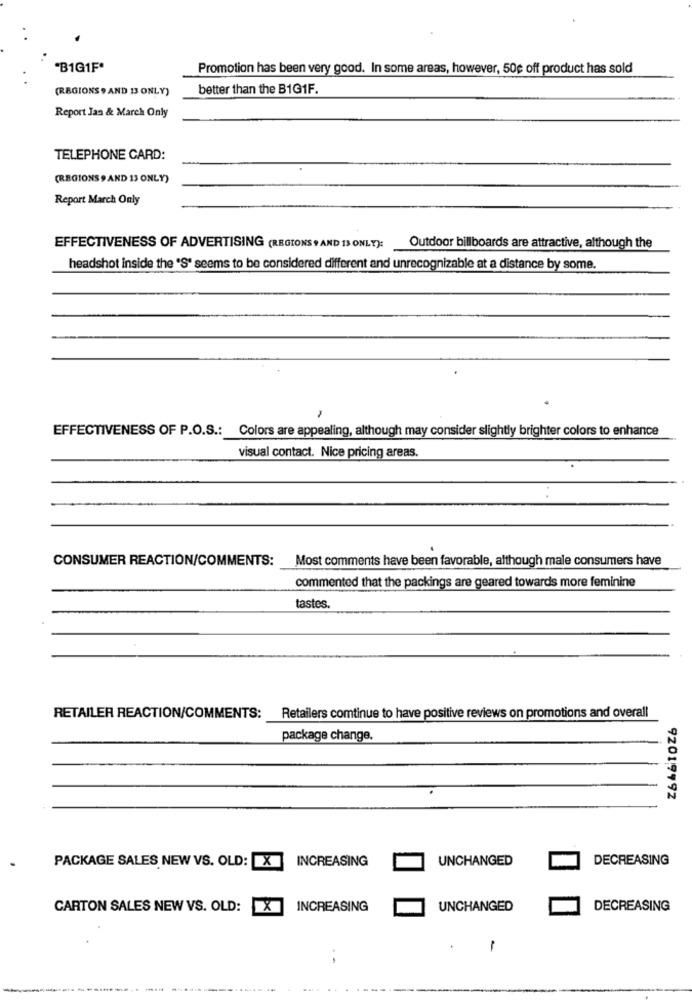
"B1G1F"
Promotion has been very good. In some areas, however, 50¢ off product has sold
(REGIONS 9 AND 13 ONLY)
better than the BIG1F.
Report Jan & March Only
TELEPHONE CARD:
(REGIONS , AND 13 ONLY)
Report March Only
EFFECTIVENESS OF ADVERTISING (REGIONS 9 AND IS ONLY):
Outdoor billboards are attractive, although the
headshot inside the "S" seems to be considered different and unrecognizable at a distance by some.
EFFECTIVENESS OF P.O.S .: Colors are appealing, although may consider slightly brighter colors to enhance
visual contact. Nice pricing areas.
CONSUMER REACTION/COMMENTS:
Most comments have been favorable, although male consumers have
commented that the packings are geared towards more feminine
tastes.
RETAILER REACTION/COMMENTS:
Retailers comtinue to have positive reviews on promotions and overall
package change.
92019792
PACKAGE SALES NEW VS. OLD: X
INCREASING
UNCHANGED
DECREASING
CARTON SALES NEW VS. OLD:
X
INCREASING
UNCHANGED
DECREASING
-